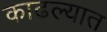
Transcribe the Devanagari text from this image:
काढल्यात